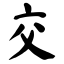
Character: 交